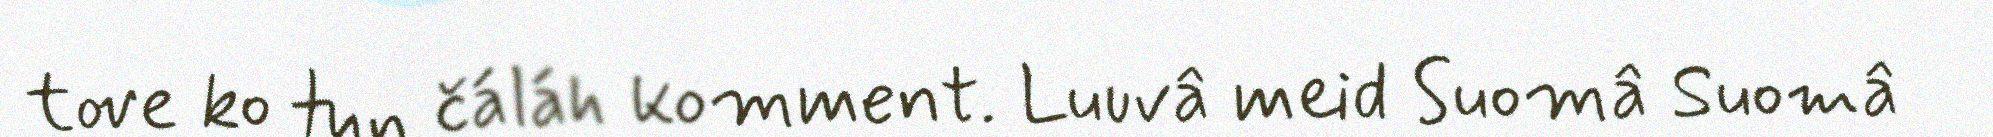
tove ko tun čáláh komment. Luuvâ meid Suomâ Suomâ